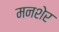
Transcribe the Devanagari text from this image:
मनशेर